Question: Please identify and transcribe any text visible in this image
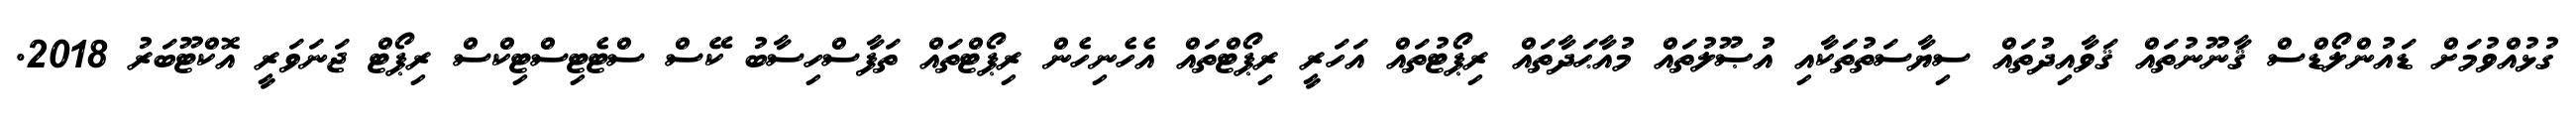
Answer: ގުޅުއްވުމަށް ޑައުންލޯޑްސް ޤާނޫނުތައް ޤަވާއިދުތައް ސިޔާސަތުތަކާއި އުޞޫލުތައް މުއާޙަދާތައް ރިޕޯޓުތައް އަހަރީ ރިޕޯޓްތައް އެހެނިހެން ރިޕޯޓްތައް ތަފާސްހިސާބު ކޭސް ސްޓެޓިސްޓިކްސް ރިޕޯޓް ޖަނަވަރީ އޮކްޓޫބަރު 2018.